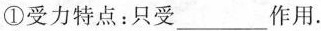
①受力特点：只受___作用。